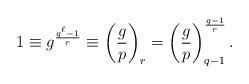
LaTeX: \begin{align*}1 \equiv g^{\frac{q^{\ell} - 1}{r}} \equiv \left(\frac{g}{p}\right)_r = \left(\frac{g}{p}\right)_{q-1}^{\frac{q-1}{r}}.\end{align*}